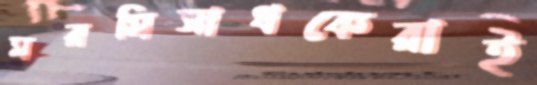
মরমিসাধকেরাই